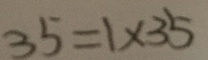
3 5 = 1 \times 3 5